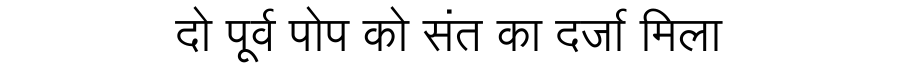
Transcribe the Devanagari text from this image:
दो पूर्व पोप को संत का दर्जा मिला